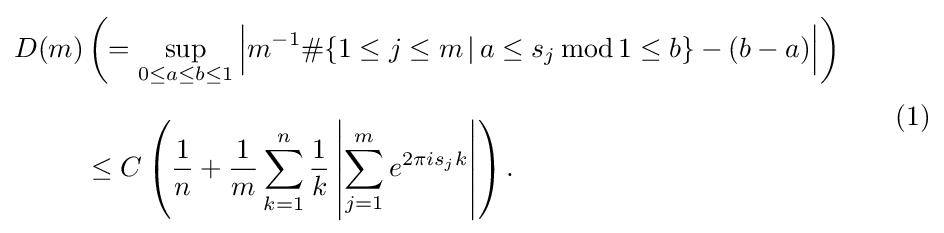
{\begin{aligned}D(m)&\left(=\sup _{0\leq a\leq b\leq 1}{\Big |}m^{-1}\#\{1\leq j\leq m\,|\,a\leq s_{j}\,\mathrm {mod} \,1\leq b\}-(b-a){\Big |}\right)\\[8pt]&\leq C\left({\frac {1}{n}}+{\frac {1}{m}}\sum _{k=1}^{n}{\frac {1}{k}}\left|\sum _{j=1}^{m}e^{2\pi is_{j}k}\right|\right).\end{aligned}}\qquad (1)